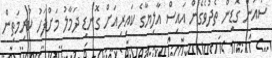
ސައުން ގޮޑިން ތެދުވެގެން އައިސް އާލިޔާގެ ކައިރިއަށް ގޮނޑި ދަމާލު މަށްފަހު ކުރިމަތިން